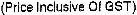
(PRICE INCLUSIVE OF GST)